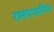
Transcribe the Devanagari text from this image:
रामारायानिंगर